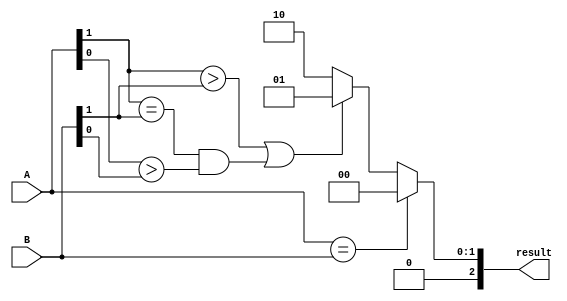
module bit_comparator (
    input [1:0] A,
    input [1:0] B,
    output reg [2:0] result
);

always @* begin
    if (A == B) begin
        result = 3'b000; // equal
    end else if ((A[1] > B[1]) || ((A[1] == B[1]) && (A[0] > B[0]))) begin
        result = 3'b001; // greater than
    end else begin
        result = 3'b010; // less than
    end
end

endmodule